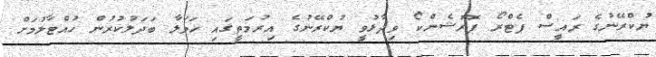
ޔުކްރޭނުގެ ރައީސް ޕެޓްރޯ ޕޮރޮޝެންކޯ ވިދާޅުވީ ޔުކްރޭނުގެ އިރުމަތީގައި ހަމަލާ ބަދަލުކުރުން ހުއްޓާލުމަށް